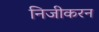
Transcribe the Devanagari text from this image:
निजीकरन